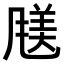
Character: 𫖿